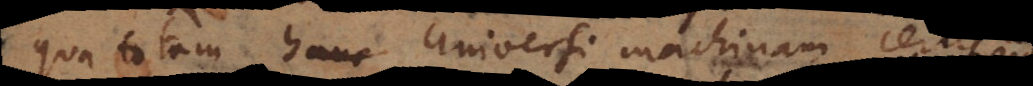
qua totam universi machinam cer